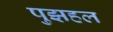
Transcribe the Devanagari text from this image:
पुझहल